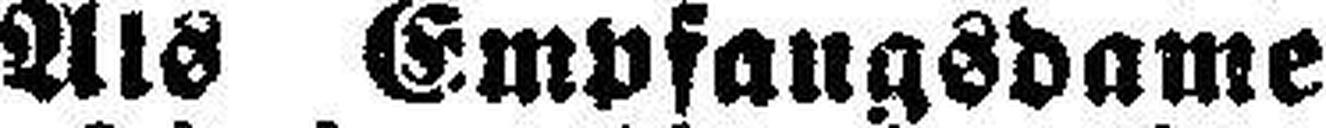
Als Empfangsdame